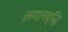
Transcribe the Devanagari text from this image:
लगानवृद्धि